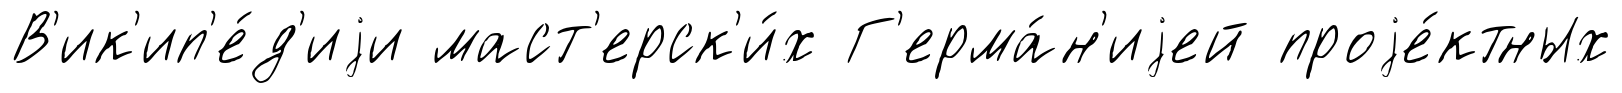
В'ик'ип'е́д'иjи маст'ерск'и́х Г'ерма́н'иjей проjе́ктных